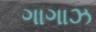
ગાગાઝ